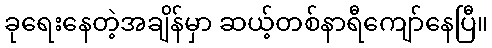
ခုရေးနေတဲ့အချိန်မှာ ဆယ့်တစ်နာရီကျော်နေပြီ။